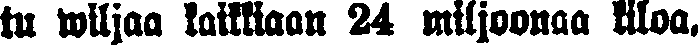
tu wiljaa kaikkiaan 24 miljoonaa kiloa.